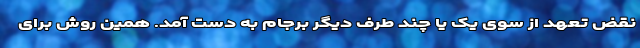
نقض تعهد از سوی یک یا چند طرف دیگر برجام به دست آمد. همین روش برای